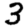
Digit: 3